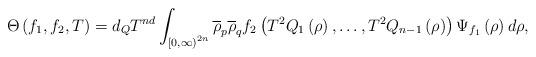
LaTeX: \begin{align*}\Theta\left(f_{1},f_{2},T\right)=d_{Q}T^{nd}\int_{\left[0,\infty\right)^{2n}}\overline{\rho}_{p}\overline{\rho}_{q}f_{2}\left(T^{2}Q_{1}\left(\rho\right),\dots,T^{2}Q_{n-1}\left(\rho\right)\right)\Psi_{f_{1}}\left(\rho\right)d\rho,\end{align*}